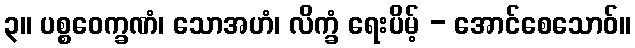
၃။ ပစ္စဝေက္ခဏံ၊ သောအဟံ၊ လိက္ခံ ရေးပိမ့် - အောင်စေသောဝ်။